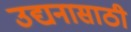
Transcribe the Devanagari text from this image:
उद्यनासाठी